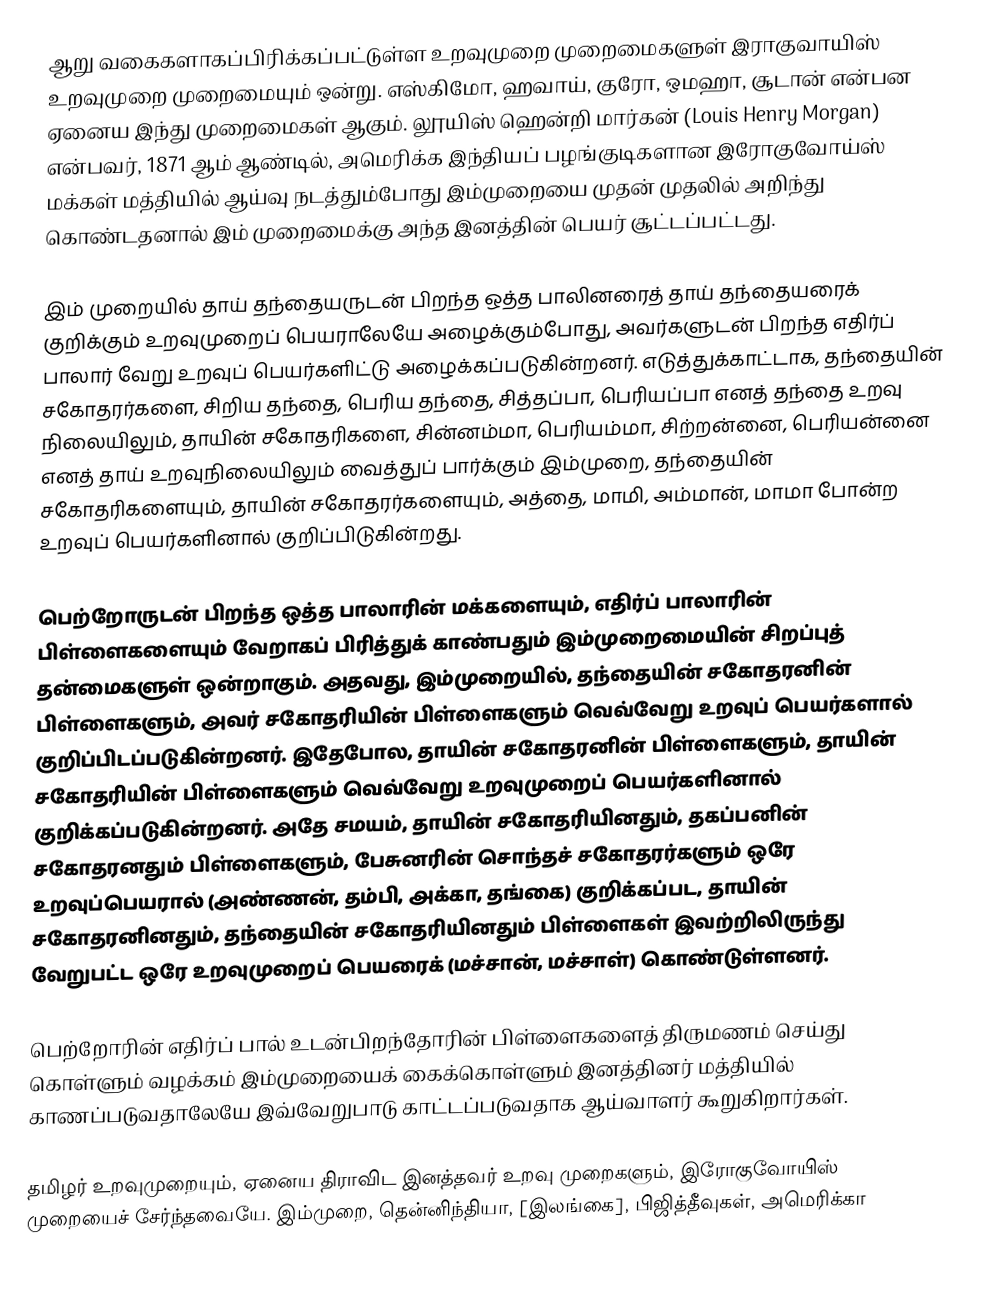
ஆறு வகைகளாகப்பிரிக்கப்பட்டுள்ள உறவுமுறை முறைமைகளுள் இராகுவாயிஸ் உறவுமுறை முறைமையும் ஒன்று. எஸ்கிமோ, ஹவாய், குரோ, ஒமஹா, சூடான் என்பன ஏனைய இந்து முறைமைகள் ஆகும். லூயிஸ் ஹென்றி மார்கன் (Louis Henry Morgan) என்பவர், 1871 ஆம் ஆண்டில், அமெரிக்க இந்தியப் பழங்குடிகளான இரோகுவோய்ஸ் மக்கள் மத்தியில் ஆய்வு நடத்தும்போது இம்முறையை முதன் முதலில் அறிந்து கொண்டதனால் இம் முறைமைக்கு அந்த இனத்தின் பெயர் சூட்டப்பட்டது.

இம் முறையில் தாய் தந்தையருடன் பிறந்த ஒத்த பாலினரைத் தாய் தந்தையரைக் குறிக்கும் உறவுமுறைப் பெயராலேயே அழைக்கும்போது, அவர்களுடன் பிறந்த எதிர்ப் பாலார் வேறு உறவுப் பெயர்களிட்டு அழைக்கப்படுகின்றனர். எடுத்துக்காட்டாக, தந்தையின் சகோதரர்களை, சிறிய தந்தை, பெரிய தந்தை, சித்தப்பா, பெரியப்பா எனத் தந்தை உறவு நிலையிலும், தாயின் சகோதரிகளை, சின்னம்மா, பெரியம்மா, சிற்றன்னை, பெரியன்னை எனத் தாய் உறவுநிலையிலும் வைத்துப் பார்க்கும் இம்முறை, தந்தையின் சகோதரிகளையும், தாயின் சகோதரர்களையும், அத்தை, மாமி, அம்மான், மாமா போன்ற உறவுப் பெயர்களினால் குறிப்பிடுகின்றது.

பெற்றோருடன் பிறந்த ஒத்த பாலாரின் மக்களையும், எதிர்ப் பாலாரின் பிள்ளைகளையும் வேறாகப் பிரித்துக் காண்பதும் இம்முறைமையின் சிறப்புத் தன்மைகளுள் ஒன்றாகும். அதவது, இம்முறையில், தந்தையின் சகோதரனின் பிள்ளைகளும், அவர் சகோதரியின் பிள்ளைகளும் வெவ்வேறு உறவுப் பெயர்களால் குறிப்பிடப்படுகின்றனர். இதேபோல, தாயின் சகோதரனின் பிள்ளைகளும், தாயின் சகோதரியின் பிள்ளைகளும் வெவ்வேறு உறவுமுறைப் பெயர்களினால் குறிக்கப்படுகின்றனர். அதே சமயம், தாயின் சகோதரியினதும், தகப்பனின் சகோதரனதும் பிள்ளைகளும், பேசுனரின் சொந்தச் சகோதரர்களும் ஒரே உறவுப்பெயரால் (அண்ணன், தம்பி, அக்கா, தங்கை) குறிக்கப்பட, தாயின் சகோதரனினதும், தந்தையின் சகோதரியினதும் பிள்ளைகள் இவற்றிலிருந்து வேறுபட்ட ஒரே உறவுமுறைப் பெயரைக் (மச்சான், மச்சாள்) கொண்டுள்ளனர்.

பெற்றோரின் எதிர்ப் பால் உடன்பிறந்தோரின் பிள்ளைகளைத் திருமணம் செய்து கொள்ளும் வழக்கம் இம்முறையைக் கைக்கொள்ளும் இனத்தினர் மத்தியில் காணப்படுவதாலேயே இவ்வேறுபாடு காட்டப்படுவதாக ஆய்வாளர் கூறுகிறார்கள்.

தமிழர் உறவுமுறையும், ஏனைய திராவிட இனத்தவர் உறவு முறைகளும், இரோகுவோயிஸ் முறையைச் சேர்ந்தவையே. இம்முறை, தென்னிந்தியா, [இலங்கை], பிஜித்தீவுகள், அமெரிக்கா